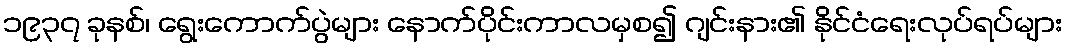
၁၉၃၇ ခုနစ်၊ ရွေးကောက်ပွဲများ နောက်ပိုင်းကာလမှစ၍ ဂျင်းနား၏ နိုင်ငံရေးလုပ်ရပ်များ